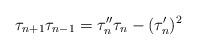
LaTeX: \begin{align*}\tau_{n+1}\tau_{n-1}=\tau_n''\tau_n-(\tau_n')^2 \end{align*}